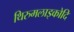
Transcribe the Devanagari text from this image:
थिरुमलाइकोदि